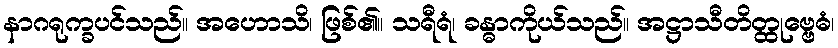
နာဂရုက္ခပင်သည်။ အဟောသိ၊ ဖြစ်၏။ သရီရံ၊ ခန္ဓာကိုယ်သည်။ အဋ္ဌာသီတိတ္ထုဗ္ဗေဓံ၊